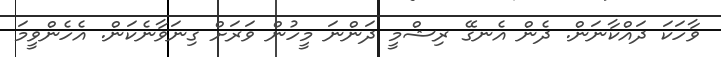
ވާހަކަ ދައްކާނަން. ދެން އެނގޭ ރިޝްމީ ދަންނަ މީހުން ވަރަށް ގިނަވާނެކަން. އެހެންވީމަ